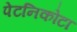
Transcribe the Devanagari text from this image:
पेटनिकोटा